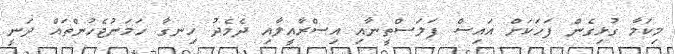
މިކަމާ ގުޅިގެން ފަހަކަށް އައިސް ފަލަސްތީނާއި އިސްރާއީލާއި ދެމެދު ހިނގާ ހަމަނުޖެހުންތައް ދަނީ